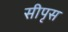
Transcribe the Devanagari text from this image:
सीपृस